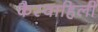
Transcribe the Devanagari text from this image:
कैस्वाहिली